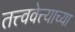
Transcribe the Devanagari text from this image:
तत्त्ववेत्त्याच्या